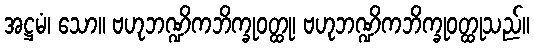
အဋ္ဌမံ၊ သော။ ဗဟုဘဏ္ဍိကဘိက္ခုဝတ္ထု၊ ဗဟုဘဏ္ဍိကဘိက္ခုဝတ္ထုသည်။